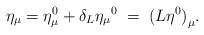
LaTeX: \begin{align*}\eta_{\mu}=\eta_{\mu}^0 + \delta_L {\eta_{\mu}}^0 \;=\; {(L\eta^0)}_{\mu}.\end{align*}